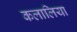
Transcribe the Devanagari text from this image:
कलालिया